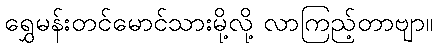
ရွှေမန်းတင်မောင်သားမို့လို့ လာကြည့်တာဗျာ။